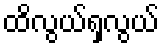
ထိလွယ်ရှလွယ်